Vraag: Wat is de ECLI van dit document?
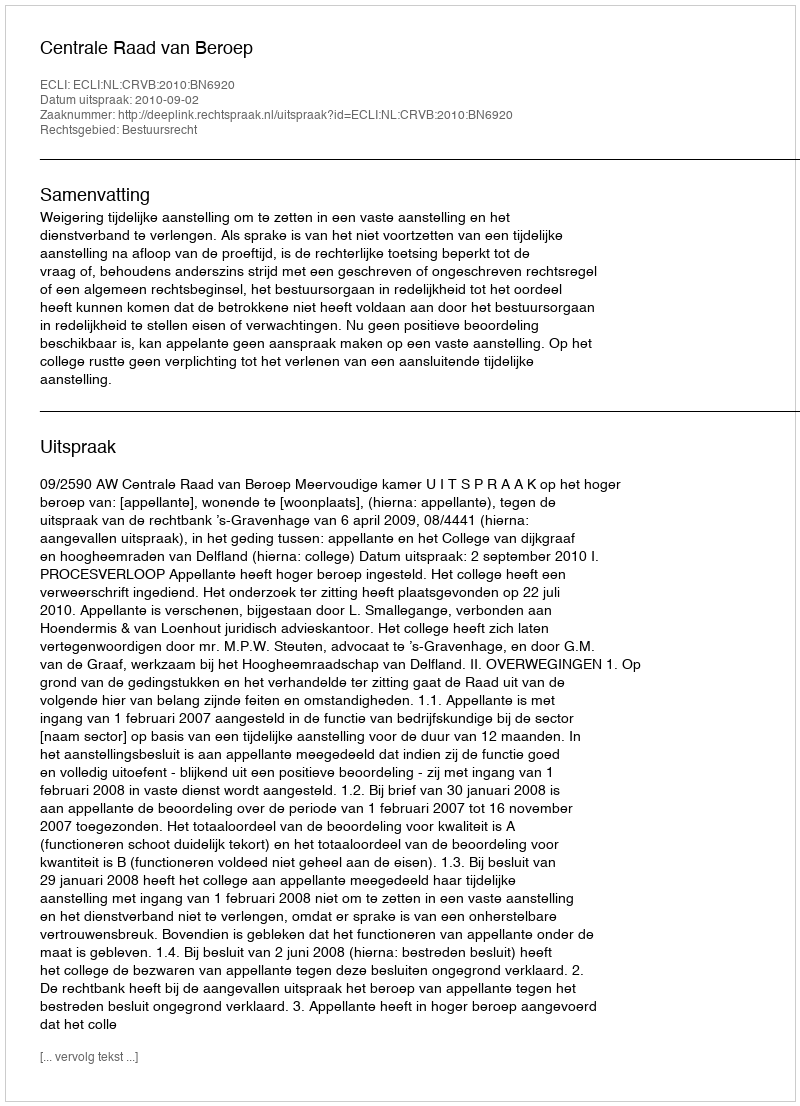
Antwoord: ECLI:NL:CRVB:2010:BN6920